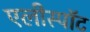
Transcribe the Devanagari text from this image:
एलीस्पॉट